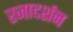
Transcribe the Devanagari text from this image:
रजादर्शन